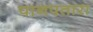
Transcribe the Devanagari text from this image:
पानपतारा